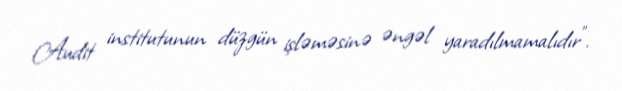
Audit institutunun düzgün işləməsinə əngəl yaradılmamalıdır".